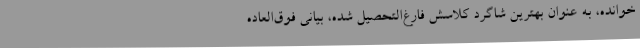
خوانده، به عنوان بهترین شاگرد کلاسش فارغ‌التحصیل شده، بیانی فوق‌العاده